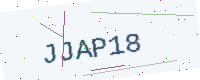
Text: JJAP18